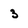
Character: 3